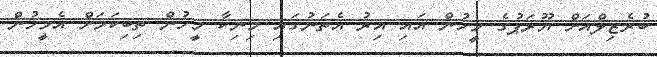
ބުރެޒިލްއަށް ޔޫރަޕުގެ މީހުން އައި އިރު އެތަނުގައި މިނިކާ މީހުން ތިބިކަމަށް އެމީހުން